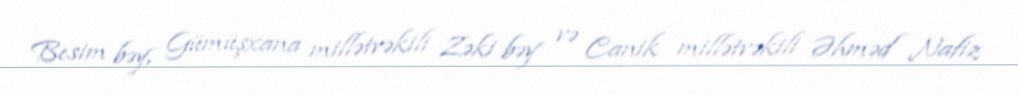
Besim bəy, Gümüşxana millətvəkili Zəki bəy və Canik millətvəkili Əhməd Nafiz